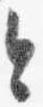
今